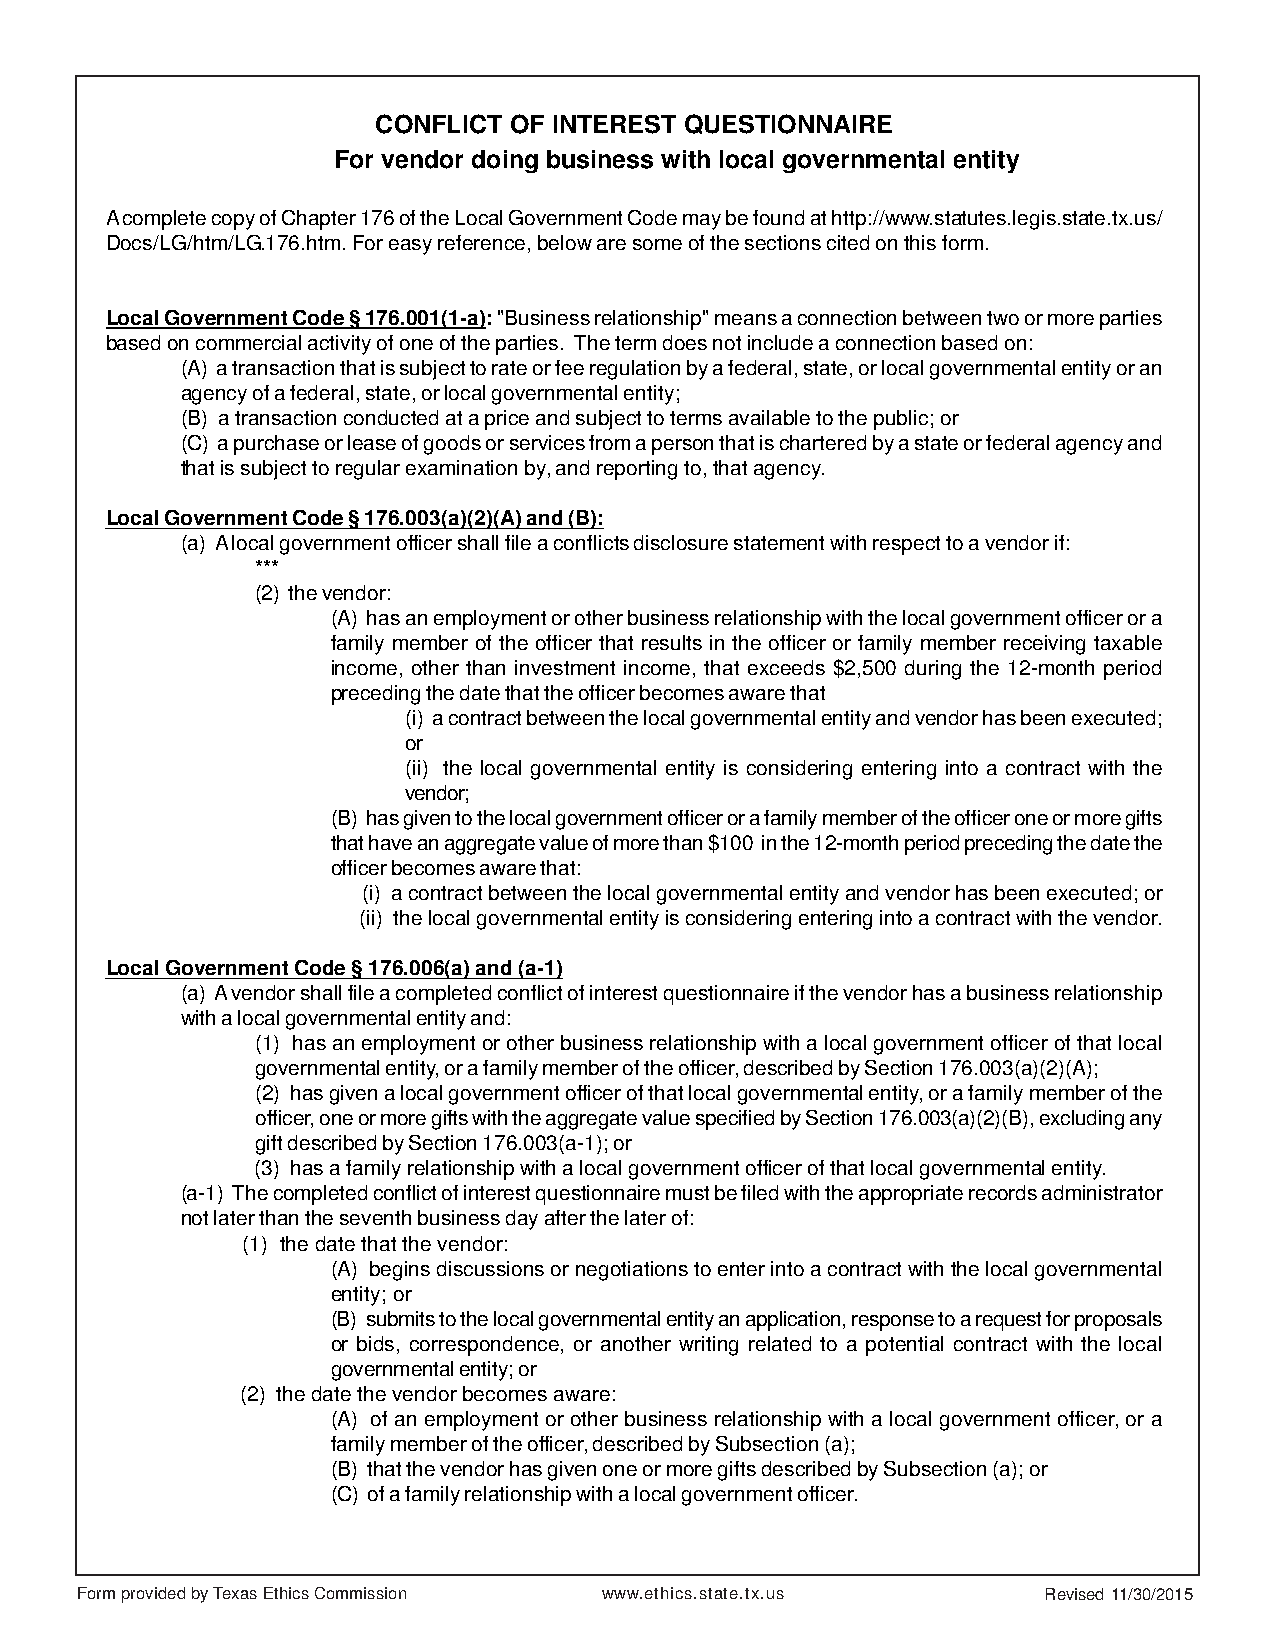
CONFLICT OF INTEREST QUESTIONNAIRE
 For vendor doing business with local governmental entity
 A complete copy of Chapter 176 of the Local Government Code may be found at http://www.statutes.legis.state.tx.us/
 Docs/LG/htm/LG.176.htm. For easy reference, below are some of the sections cited on this form.
 Local Government Code § 176.001(1-a): "Business relationship" means a connection between two or more parties
 based on commercial activity of one of the parties. The term does not include a connection based on:
 (A) a transaction that is subject to rate or fee regulation by a federal, state, or local governmental entity or an
 agency of a federal, state, or local governmental entity;
 (B) a transaction conducted at a price and subject to terms available to the public; or
 (C) a purchase or lease of goods or services from a person that is chartered by a state or federal agency and
 that is subject to regular examination by, and reporting to, that agency.
 Local Government Code § 176.003(a)(2)(A) and (B):
 (a) A local government officer shall file a conflicts disclosure statement with respect to a vendor if:
 ***
 (2) the vendor:
 (A) has an employment or other business relationship with the local government officer or a
 family member of the officer that results in the officer or family member receiving taxable
 income, other than investment income, that exceeds $2,500 during the 12-month period
 preceding the date that the officer becomes aware that
 (i) a contract between the local governmental entity and vendor has been executed;
 or
 (ii) the local governmental entity is considering entering into a contract with the
 vendor;
 (B) has given to the local government officer or a family member of the officer one or more gifts
 that have an aggregate value of more than $100 in the 12-month period preceding the date the
 officer becomes aware that:
 (i) a contract between the local governmental entity and vendor has been executed; or
 (ii) the local governmental entity is considering entering into a contract with the vendor.
 Local Government Code § 176.006(a) and (a-1)
 (a) A vendor shall file a completed conflict of interest questionnaire if the vendor has a business relationship
 with a local governmental entity and:
 (1) has an employment or other business relationship with a local government officer of that local
 governmental entity, or a family member of the officer, described by Section 176.003(a)(2)(A);
 (2) has given a local government officer of that local governmental entity, or a family member of the
 officer, one or more gifts with the aggregate value specified by Section 176.003(a)(2)(B), excluding any
 gift described by Section 176.003(a-1); or
 (3) has a family relationship with a local government officer of that local governmental entity.
 (a-1) The completed conflict of interest questionnaire must be filed with the appropriate records administrator
 not later than the seventh business day after the later of:
 (1) the date that the vendor:
 (A) begins discussions or negotiations to enter into a contract with the local governmental
 entity; or
 (B) submits to the local governmental entity an application, response to a request for proposals
 or bids, correspondence, or another writing related to a potential contract with the local
 governmental entity; or
 (2) the date the vendor becomes aware:
 (A) of an employment or other business relationship with a local government officer, or a
 family member of the officer, described by Subsection (a);
 (B) that the vendor has given one or more gifts described by Subsection (a); or
 (C) of a family relationship with a local government officer.
 Form provided by Texas Ethics Commission www.ethics.state.tx.us Revised 11/30/2015